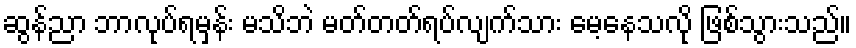
ဆွန်ညာ ဘာလုပ်ရမှန်း မသိဘဲ မတ်တတ်ရပ်လျက်သား မေ့နေသလို ဖြစ်သွားသည်။